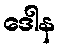
ဒေါန